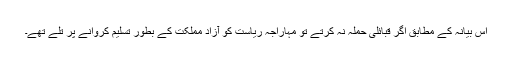
اس بیانہ کے مطابق اگر قبائلی حملہ نہ کرتے تو مہاراجہ ریاست کو آزاد مملکت کے بطور تسلیم کروانے پر تلے تھے۔